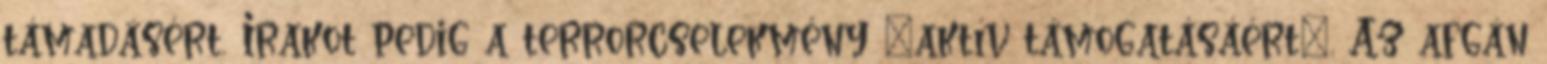
támadásért, Irakot pedig a terrorcselekmény "aktív támogatásáért". Az afgán